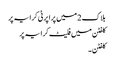
بلاک 2 میں پراپرٹی کرایہ پر
کلفٹن میں فلیٹ کرایہ پر
کلفٹن ۔